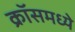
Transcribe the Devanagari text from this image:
क्रॉसमध्ये